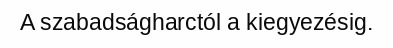
A szabadságharctól a kiegyezésig.